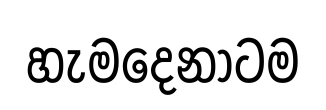
හැමදෙනාටම